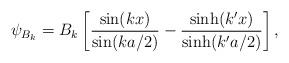
LaTeX: \begin{align*}\psi_{B_{k}} = B_{k}\left[\frac{\sin(kx)}{\sin(ka/2)}-\frac{\sinh(k'x)}{\sinh(k'a/2)}\right],\end{align*}